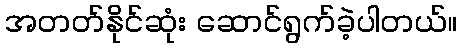
အတတ်နိုင်ဆုံး ဆောင်ရွက်ခဲ့ပါတယ်။